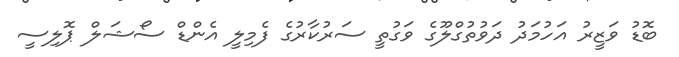
ބޮޑު ވަޒީރު އަހުމަދު ދަވުތުގްލޫގެ ވަގުތީ ސަރުކާރުގެ ފެމިލީ އެންޑް ސޯޝަލް ޕޮލިސީ